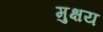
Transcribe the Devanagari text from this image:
मुक्षय